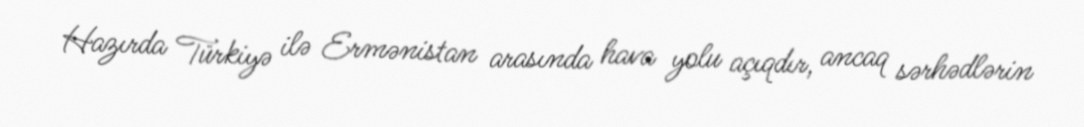
Hazırda Türkiyə ilə Ermənistan arasında hava yolu açıqdır, ancaq sərhədlərin